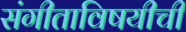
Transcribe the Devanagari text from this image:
संगीताविषयीची